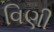
વિણી